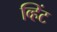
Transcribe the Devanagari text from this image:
व्हिंट